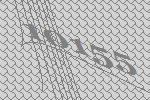
10155